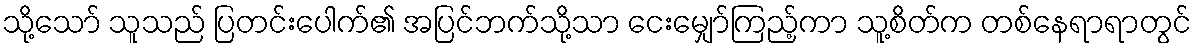
သို့သော် သူသည် ပြတင်းပေါက်၏ အပြင်ဘက်သို့သာ ငေးမျှော်ကြည့်ကာ သူ့စိတ်က တစ်နေရာရာတွင်